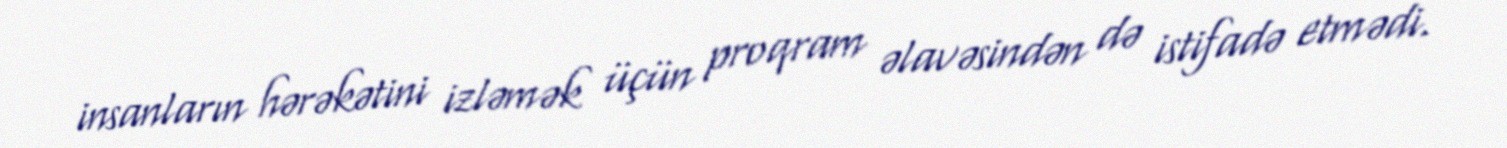
insanların hərəkətini izləmək üçün proqram əlavəsindən də istifadə etmədi.